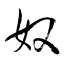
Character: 奴